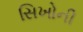
સિખોની